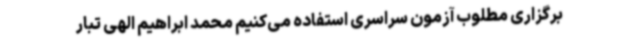
برگزاری مطلوب آزمون سراسری استفاده می‌کنیم محمد ابراهیم الهی تبار